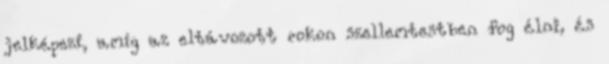
jelképezi, amíg az eltávozott rokon szellemtestben fog élni, és